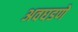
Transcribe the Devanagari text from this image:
अवघडणे